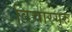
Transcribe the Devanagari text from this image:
विचारगुरु